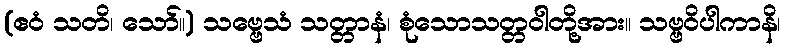
(ဧဝံ သတိ၊ သော်။) သဗ္ဗေသံ သတ္တာနံ၊ စုံသောသတ္တဝါတို့အား။ သဗ္ဗဝိပါကာနိ၊